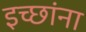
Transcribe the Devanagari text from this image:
इच्छांना